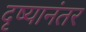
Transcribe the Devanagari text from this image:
दृष्यानंतर